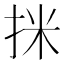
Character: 𢬊